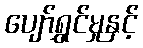
ပျော်ရွှင်မှုနှင့်